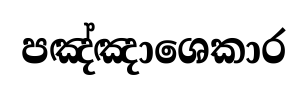
පඤ්ඤාශෙකාර